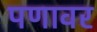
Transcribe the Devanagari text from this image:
पणावर